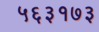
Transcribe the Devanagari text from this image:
५६३१७३